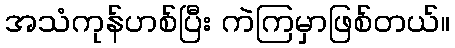
အသံကုန်ဟစ်ပြီး ကဲကြမှာဖြစ်တယ်။